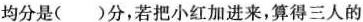
均分是()分，若把小红加进来，算得三人